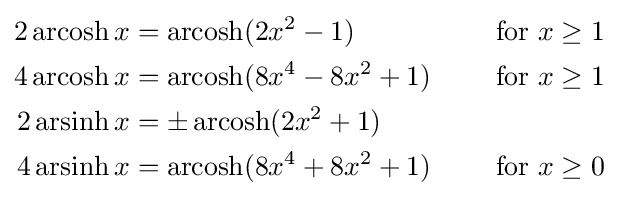
{\begin{aligned}2\operatorname {arcosh} x&=\operatorname {arcosh} (2x^{2}-1)&\quad {\hbox{ for }}x\geq 1\\4\operatorname {arcosh} x&=\operatorname {arcosh} (8x^{4}-8x^{2}+1)&\quad {\hbox{ for }}x\geq 1\\2\operatorname {arsinh} x&=\pm \operatorname {arcosh} (2x^{2}+1)\\4\operatorname {arsinh} x&=\operatorname {arcosh} (8x^{4}+8x^{2}+1)&\quad {\hbox{ for }}x\geq 0\end{aligned}}